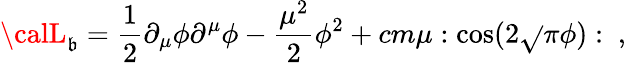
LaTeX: {\calL}_{\mathfrak{b}}={\frac{{1}}{{2}}}\partial_{\mu}\phi\partial^{\mu}\phi-{\frac{{\mu^{2}}}{{2}}}\phi^{2}+cm\mu:\cos(2\sqrt{}{{\pi}}\phi):\ ,